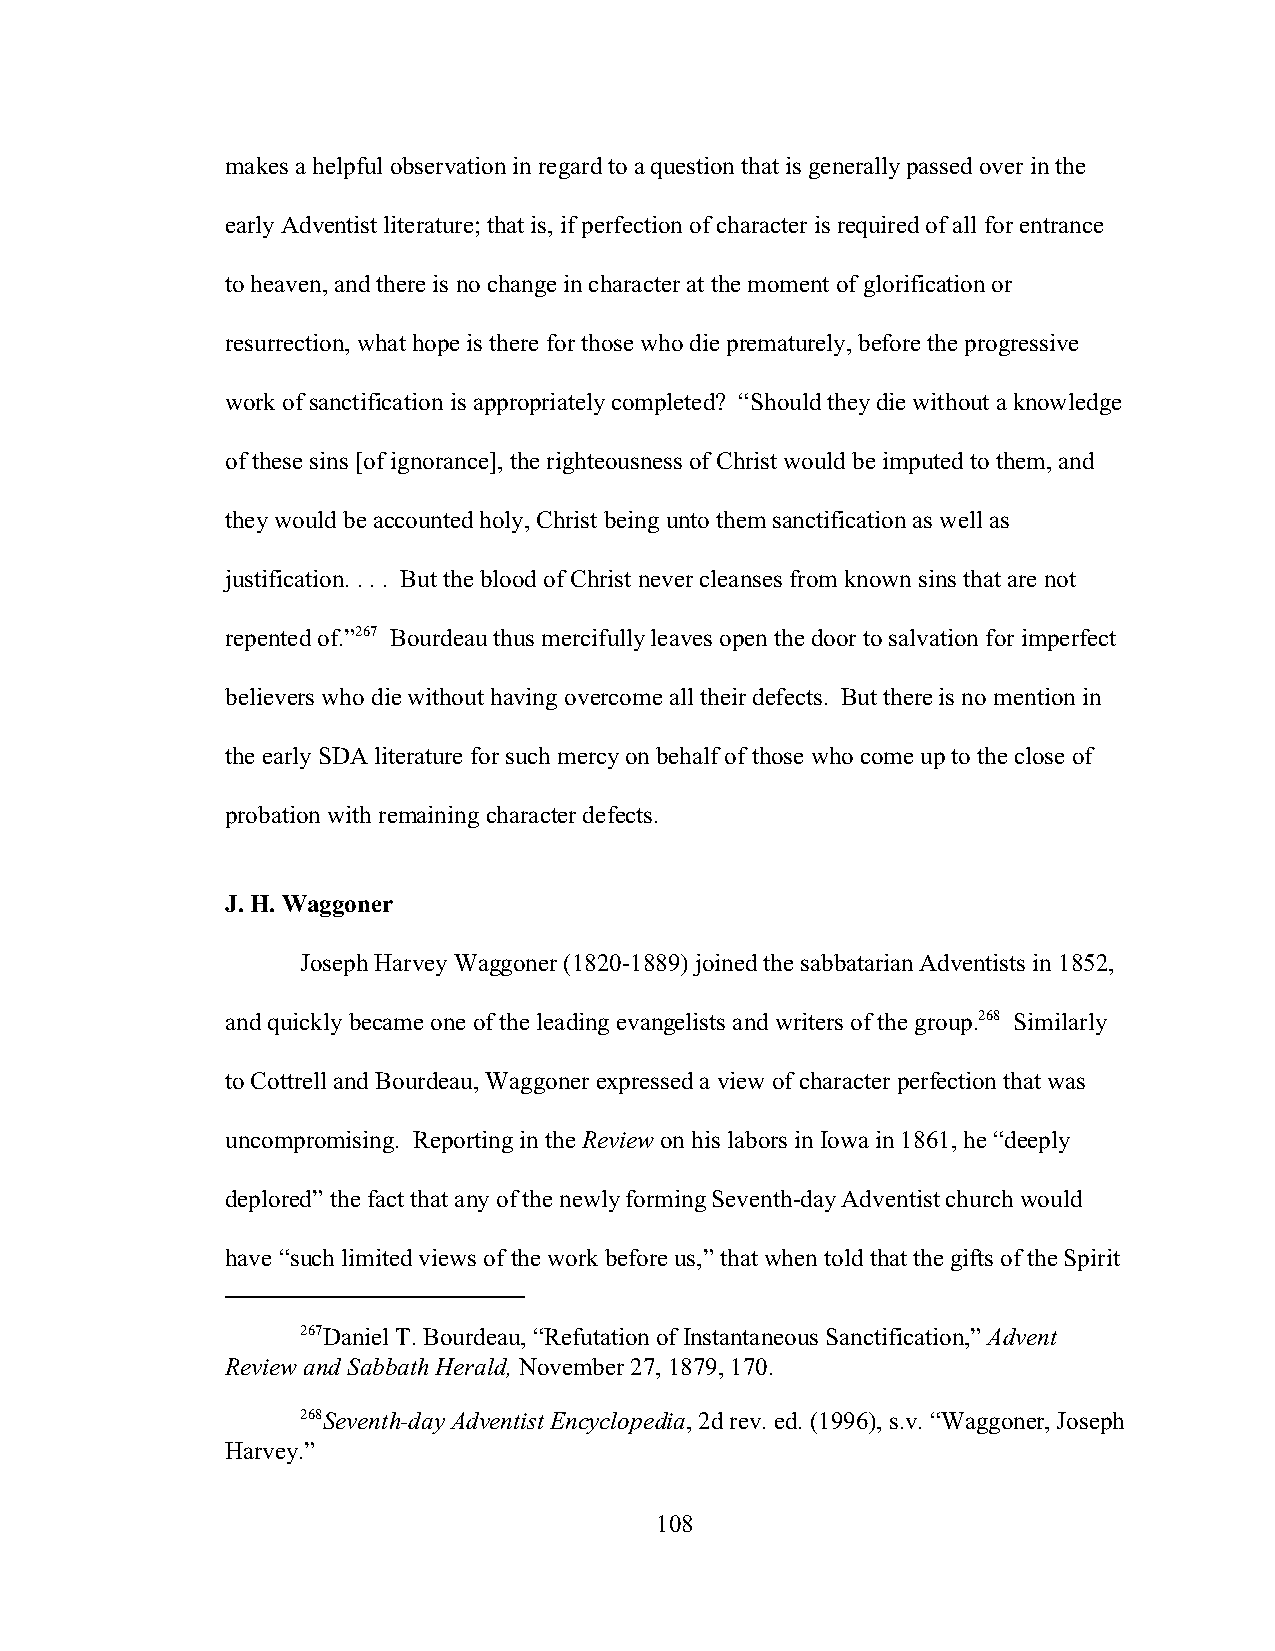
makes a helpful observation in regard to a question that is generally passed over in the
 early Adventist literature; that is, if perfection of character is required of all for entrance
 to heaven, and there is no change in character at the moment of glorification or
 resurrection, what hope is there for those who die prematurely, before the progressive
 work of sanctification is appropriately completed? “Should they die without a knowledge
 of these sins [of ignorance], the righteousness of Christ would be imputed to them, and
 they would be accounted holy, Christ being unto them sanctification as well as
 justification. . . . But the blood of Christ never cleanses from known sins that are not
 repented of.”267 Bourdeau thus mercifully leaves open the door to salvation for imperfect
 believers who die without having overcome all their defects. But there is no mention in
 the early SDA literature for such mercy on behalf of those who come up to the close of
 probation with remaining character defects.
 J. H. Waggoner
 Joseph Harvey Waggoner (1820-1889) joined the sabbatarian Adventists in 1852,
 and quickly became one of the leading evangelists and writers of the group.268 Similarly
 to Cottrell and Bourdeau, Waggoner expressed a view of character perfection that was
 uncompromising. Reporting in the Review on his labors in Iowa in 1861, he “deeply
 deplored” the fact that any of the newly forming Seventh-day Adventist church would
 have “such limited views of the work before us,” that when told that the gifts of the Spirit
 267Daniel T. Bourdeau, “Refutation of Instantaneous Sanctification,” Advent
 Review and Sabbath Herald, November 27, 1879, 170.
 268Seventh-day Adventist Encyclopedia, 2d rev. ed. (1996), s.v. “Waggoner, Joseph
 Harvey.”
 108